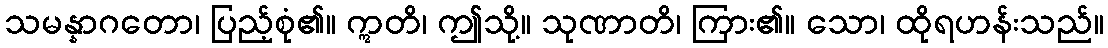
သမန္နာဂတော၊ ပြည့်စုံ၏။ ဣတိ၊ ဤသို့။ သုဏာတိ၊ ကြား၏။ သော၊ ထိုရဟန်းသည်။